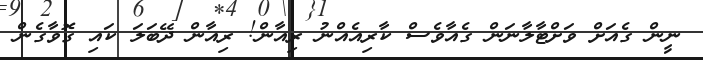
ނީން ގެއަށް ވަށްޓާލާނަން ގެއާވެސް ކާރިއެއްނު ރިއާން! ރިއާން ދޭބަލަ ކައި ގޮވާގެން